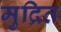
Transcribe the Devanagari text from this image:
मुद्रित